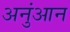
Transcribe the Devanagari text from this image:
अनुंआन